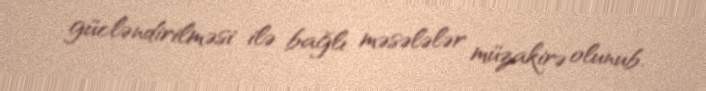
gücləndirilməsi ilə bağlı məsələlər müzakirə olunub.